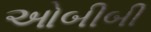
ઓબીબી